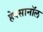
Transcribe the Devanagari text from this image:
हेक्सानॉल